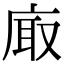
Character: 𢈾